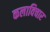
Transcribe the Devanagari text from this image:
कलाविचार